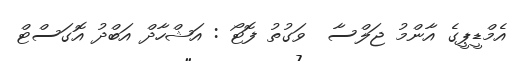
އެމްޑީޕީގެ އާންމު ޖަލްސާ  ވަގުތު ފޮޓޯ : އަޝްހާދް އަބްދު އޮގަސްޓް